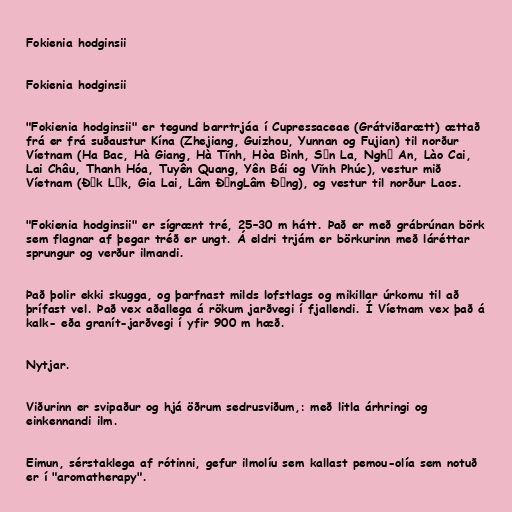
Fokienia hodginsii

Fokienia hodginsii

"Fokienia hodginsii" er tegund barrtrjáa í Cupressaceae (Grátviðarætt) ættað
frá er frá suðaustur Kína (Zhejiang, Guizhou, Yunnan og Fujian) til norður
Víetnam (Ha Bac, Hà Giang, Hà Tĩnh, Hòa Bình, Sơn La, Nghệ An, Lào Cai,
Lai Châu, Thanh Hóa, Tuyên Quang, Yên Bái og Vĩnh Phúc), vestur mið
Víetnam (Đắk Lắk, Gia Lai, Lâm ĐồngLâm Đồng), og vestur til norður Laos.

"Fokienia hodginsii" er sígrænt tré, 25–30 m hátt. Það er með grábrúnan börk
sem flagnar af þegar tréð er ungt. Á eldri trjám er börkurinn með láréttar
sprungur og verður ilmandi.

Það þolir ekki skugga, og þarfnast milds lofstlags og mikillar úrkomu til að
þrífast vel. Það vex aðallega á rökum jarðvegi í fjallendi. Í Víetnam vex það á
kalk- eða granít-jarðvegi í yfir 900 m hæð.

Nytjar.

Viðurinn er svipaður og hjá öðrum sedrusviðum,: með litla árhringi og
einkennandi ilm.

Eimun, sérstaklega af rótinni, gefur ilmolíu sem kallast pemou-olía sem notuð
er í "aromatherapy".